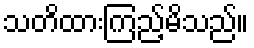
သတိထားကြည့်မိသည်။